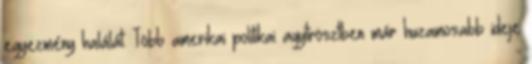
egyezmény halálát. Több amerikai politikai agytrösztben már huzamosabb ideje